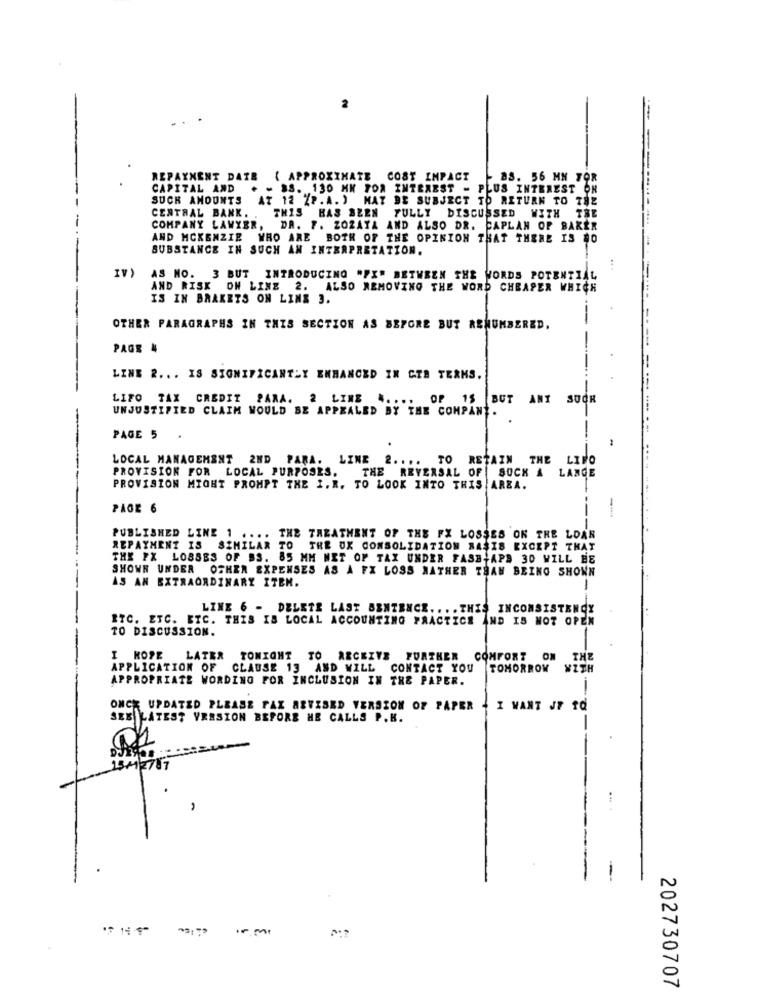
-----
REPAYMENT DATE { APPROXIMATE COST IMPACT
- 88. 56 MM TOR
CAPITAL AND . - 38. 130 HK TOA INTEREST - PLUS INTEREST OR
SUCH AMOUNTS
AT 12 %P.A. ) MAY BE SUBJECT TO RETURN TO 782
CENTRAL BANK. . THIS HAS BEEN FULLY DISCUSSED WITH THE
COMPANY LAWYER, DA. F. ZOZATA AND ALSO DR. CAPLAN OF BAKER
AND MCKENZIE WHO ARE BOTH OF THE OPINION THAT THERE IS $0
SUBSTANCE IN SUCH AN INTERPRETATION.
IV)
AS MO. 3 BUT INTRODUCING "PX" BETWEEN THE WORDS POTENT
AND RISK ON LINE 2. ALSO REMOVING THE WORD CHEAPER WHICH
IS IN BRAKETS ON LINE 3.
-.
OTHER PARAGRAPHS IN THIS SECTION AS BEFORE BUT ASNUMBERED.
PAGE 4
LINE 2 ... IS SIGNIFICANTLY ENHANCED IN GIB TERKS.
LIFO TAX CREDIT PARA. 2 LIME
OP
15
BUT ANT SUOR
UNJUSTIFIED CLAIM WOULD BE APPEALED BY THE COMPANY.
PAGE 5
LOCAL MANAGEMENT 2ND PARA. LINE 2 .... TO RETAIN THE LIFO
PROVISION FOR LOCAL PURPOSES. THE REVERSAL OF SUCH A LANGE
-----------
PROVISION MIGHT PROMPT THE I.R. TO LOOK INTO THIS AREA.
PAGE 6
PUBLISHED LINE 1
.....
THE TREATMENT OF THE FX LOSSES ON THE LDAR
REPAYMENT IS SIMILAR TO THE UX CONSOLIDATION BASIS EXCEPT THAT
THE PX LOSSES OF BS. 85 MM MET OF TAX UNDER FASB;APS 30 WILL HE
SHOWN UNDER OTHER EXPENSES AS A FX LOSS NATHER THAN BEING SHOWN
AS AN EXTRAORDINARY ITEN.
LINE 6 - DELETE LAST SENTENCE .... THE.
INCONSISTENCY
ETC. ETC. ETC. THIS IS LOCAL ACCOUNTING PRACTICE AND IS NOT OPEN
TO DISCUSSION.
I HOPE LATER
TONIGHT TO RECEIVE FURTHER
COMFORT
ON
THE
APPLICATION OF CLAUSE 13 AND WILL CONTACT YOU
TOMORROW
WITH
APPROPRIATE WORDING FOR INCLUSION IN THE PAPER.
ONCE UPDATED PLEASE FAX ARYISED VERSION OF PAPER
I WANT JF TQ
SEE LATEST VERSION BEFORE HE CALLS P.H.
.
202730707